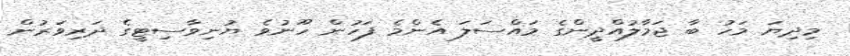
މިދިޔަ މަހު ބާ ޖަމާލުއްދީންގެ މައްސަލަ އެންމެ ފަހުން ހޫނުވެ ޔުނިވާސިޓީގެ ދަރިވަރުން